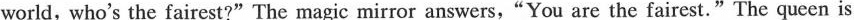
world, who's the fairest?"The magic mirror answers,"You are the fairest."The queen is